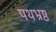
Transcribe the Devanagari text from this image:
पथभ्रष्ठ